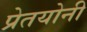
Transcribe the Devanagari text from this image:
प्रेतयोनी